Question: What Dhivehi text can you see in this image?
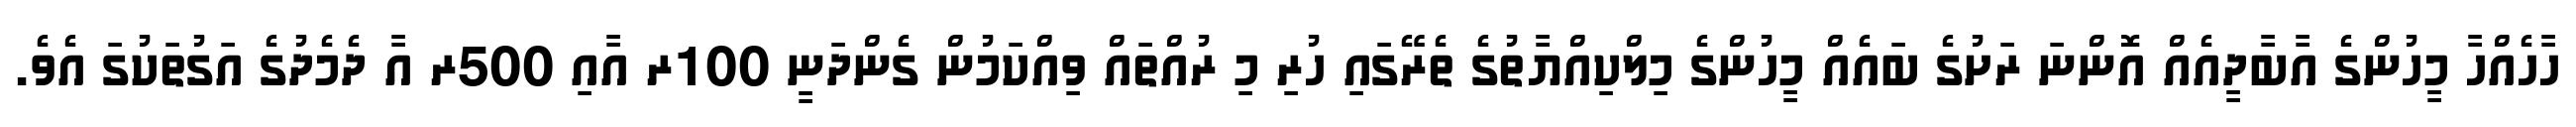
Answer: ހާހެއްހާ މީހުންގެ އާބާދީއެއް އޮންނަ ރަށުގެ ބައެއް މީހުންގެ މިލްކިއްޔާތުގެ ތެރޭގައި ހުރި މި ރުއްތައް ވިއްކަމުން ގެންދަނީ 100ރ އާއި 500ރ އާ ދެމެދުގެ އަގުތަކުގަ އެވެ.